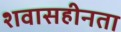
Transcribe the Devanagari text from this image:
शवासहीनता